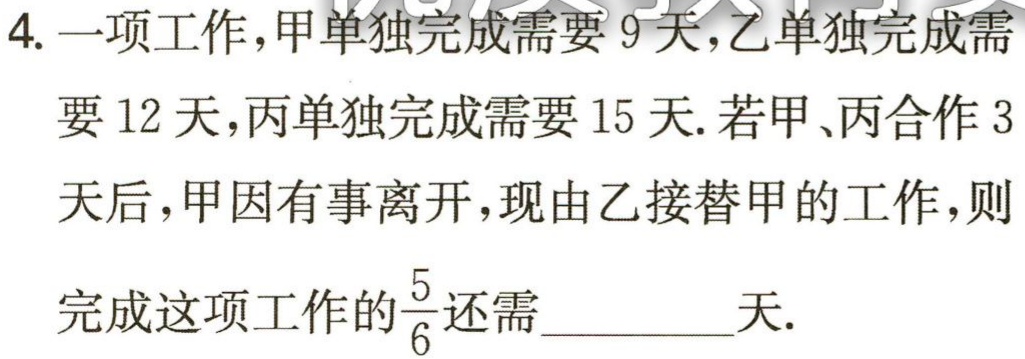
4. 一项工作，甲单独完成需要 9 天，乙单独完成需
要 12 天，丙单独完成需要 15 天. 若甲、丙合作 3
天后，甲因有事离开，现由乙接替甲的工作，则
完成这项工作的$\frac{5}{6}$还需__________天.